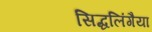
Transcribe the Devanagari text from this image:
सिद्धलिंगैया